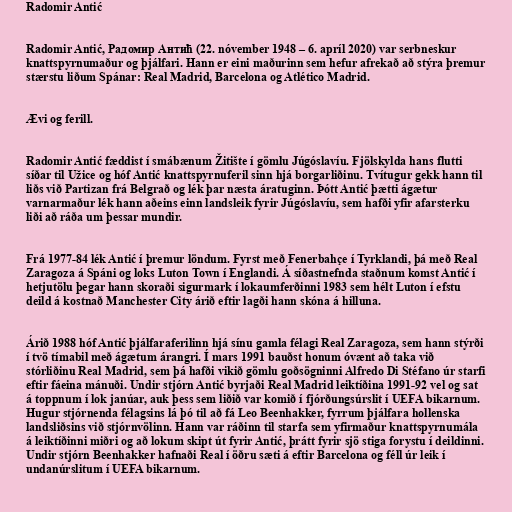
Radomir Antić

Radomir Antić, Радомир Антић (22. nóvember 1948 – 6. apríl 2020) var serbneskur
knattspyrnumaður og þjálfari. Hann er eini maðurinn sem hefur afrekað að stýra þremur
stærstu liðum Spánar: Real Madrid, Barcelona og Atlético Madrid.

Ævi og ferill.

Radomir Antić fæddist í smábænum Žitište í gömlu Júgóslavíu. Fjölskylda hans flutti
síðar til Užice og hóf Antić knattspyrnuferil sinn hjá borgarliðinu. Tvítugur gekk hann til
liðs við Partizan frá Belgrað og lék þar næsta áratuginn. Þótt Antić þætti ágætur
varnarmaður lék hann aðeins einn landsleik fyrir Júgóslavíu, sem hafði yfir afarsterku
liði að ráða um þessar mundir.

Frá 1977-84 lék Antić í þremur löndum. Fyrst með Fenerbahçe í Tyrklandi, þá með Real
Zaragoza á Spáni og loks Luton Town í Englandi. Á síðastnefnda staðnum komst Antić í
hetjutölu þegar hann skoraði sigurmark í lokaumferðinni 1983 sem hélt Luton í efstu
deild á kostnað Manchester City árið eftir lagði hann skóna á hilluna.

Árið 1988 hóf Antić þjálfaraferilinn hjá sínu gamla félagi Real Zaragoza, sem hann stýrði
í tvö tímabil með ágætum árangri. Í mars 1991 bauðst honum óvænt að taka við
stórliðinu Real Madrid, sem þá hafði vikið gömlu goðsögninni Alfredo Di Stéfano úr starfi
eftir fáeina mánuði. Undir stjórn Antić byrjaði Real Madrid leiktíðina 1991-92 vel og sat
á toppnum í lok janúar, auk þess sem liðið var komið í fjórðungsúrslit í UEFA bikarnum.
Hugur stjórnenda félagsins lá þó til að fá Leo Beenhakker, fyrrum þjálfara hollenska
landsliðsins við stjórnvölinn. Hann var ráðinn til starfa sem yfirmaður knattspyrnumála
á leiktíðinni miðri og að lokum skipt út fyrir Antić, þrátt fyrir sjö stiga forystu í deildinni.
Undir stjórn Beenhakker hafnaði Real í öðru sæti á eftir Barcelona og féll úr leik í
undanúrslitum í UEFA bikarnum.